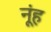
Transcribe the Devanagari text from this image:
नूंह